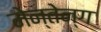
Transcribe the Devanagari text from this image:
मेन्तेन्ग